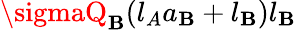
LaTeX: \sigmaQ_{\mathbf{B}}(l_{A}a_{\mathbf{B}}+l_{\mathbf{B}})l_{\mathbf{B}}